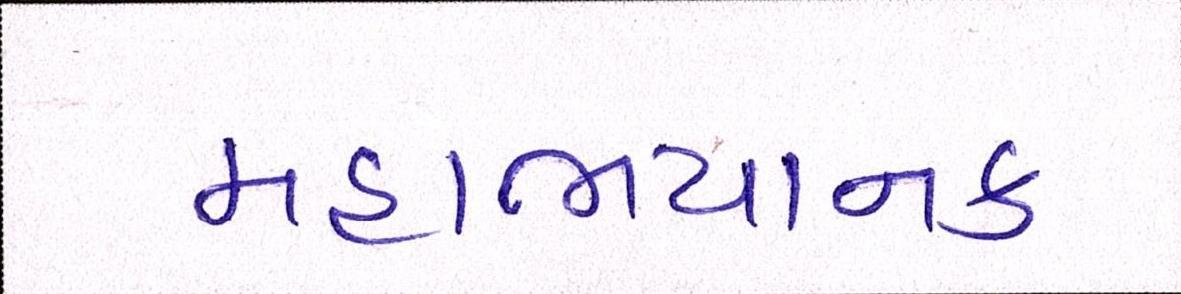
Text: મહાભયાનક